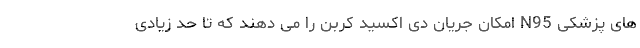
های پزشکی N95 امکان جریان دی اکسید کربن را می دهند که تا حد زیادی